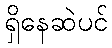
ရှိနေဆဲပင်